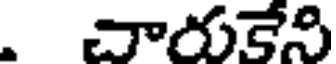
. చారుకేని